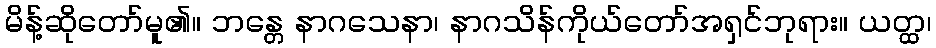
မိန့်ဆိုတော်မူ၏။ ဘန္တေ နာဂသေနာ၊ နာဂသိန်ကိုယ်တော်အရှင်ဘုရား။ ယတ္ထ၊